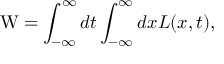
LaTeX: \mathrm { W } = \int _ { - \infty } ^ { \infty } d t \int _ { - \infty } ^ { \infty } d x { \cal L } ( x , t ) ,